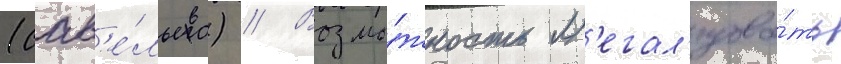
(сав'е́льева) // Возмо́жность л'егал'изова́ть